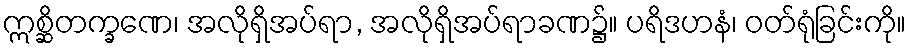
ဣစ္ဆိတက္ခဏေ၊ အလိုရှိအပ်ရာ, အလိုရှိအပ်ရာခဏ၌။ ပရိဒဟနံ၊ ဝတ်ရုံခြင်းကို။